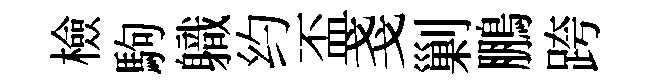
檢駒軄约盃戔剿鵬跨